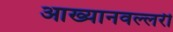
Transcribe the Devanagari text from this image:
आख्यानवल्लरी